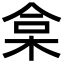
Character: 𣑠